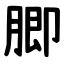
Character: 䐚